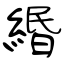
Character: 緡